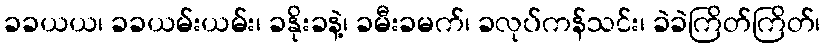
ခခယယ၊ ခခယမ်းယမ်း၊ ခနိုးခနဲ့၊ ခမီးခမက်၊ ခလုပ်ကန်သင်း၊ ခဲခဲကြိတ်ကြိတ်၊